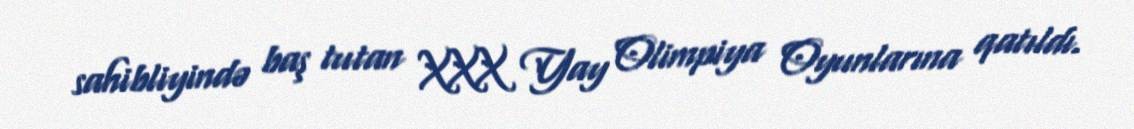
sahibliyində baş tutan XXX Yay Olimpiya Oyunlarına qatıldı.